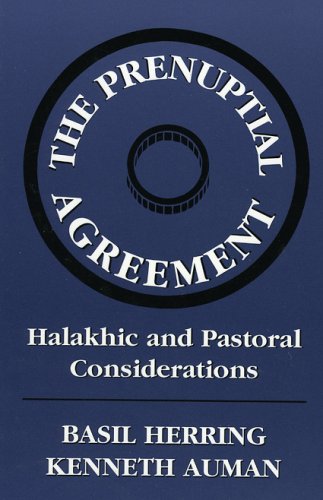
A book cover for Prenuptial Agreement: Halakhic and Pastoral Considerations; Law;